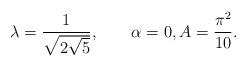
LaTeX: \begin{align*}\lambda=\frac{1}{\sqrt{2\sqrt{5}}},\qquad\alpha=0,A=\frac{\pi^2}{10}.\end{align*}